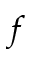
\boldsymbol { f }